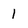
Character: 1